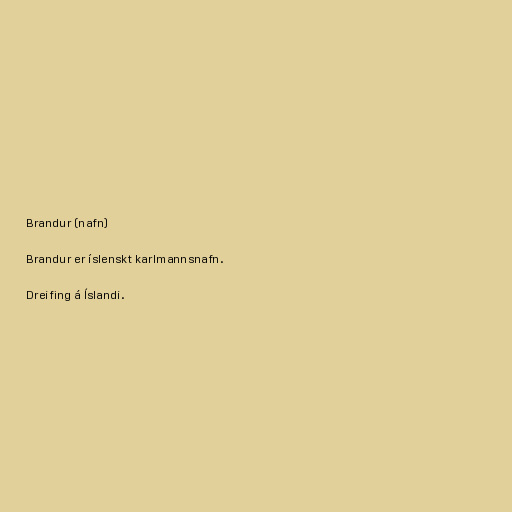
Brandur (nafn)

Brandur er íslenskt karlmannsnafn.

Dreifing á Íslandi.